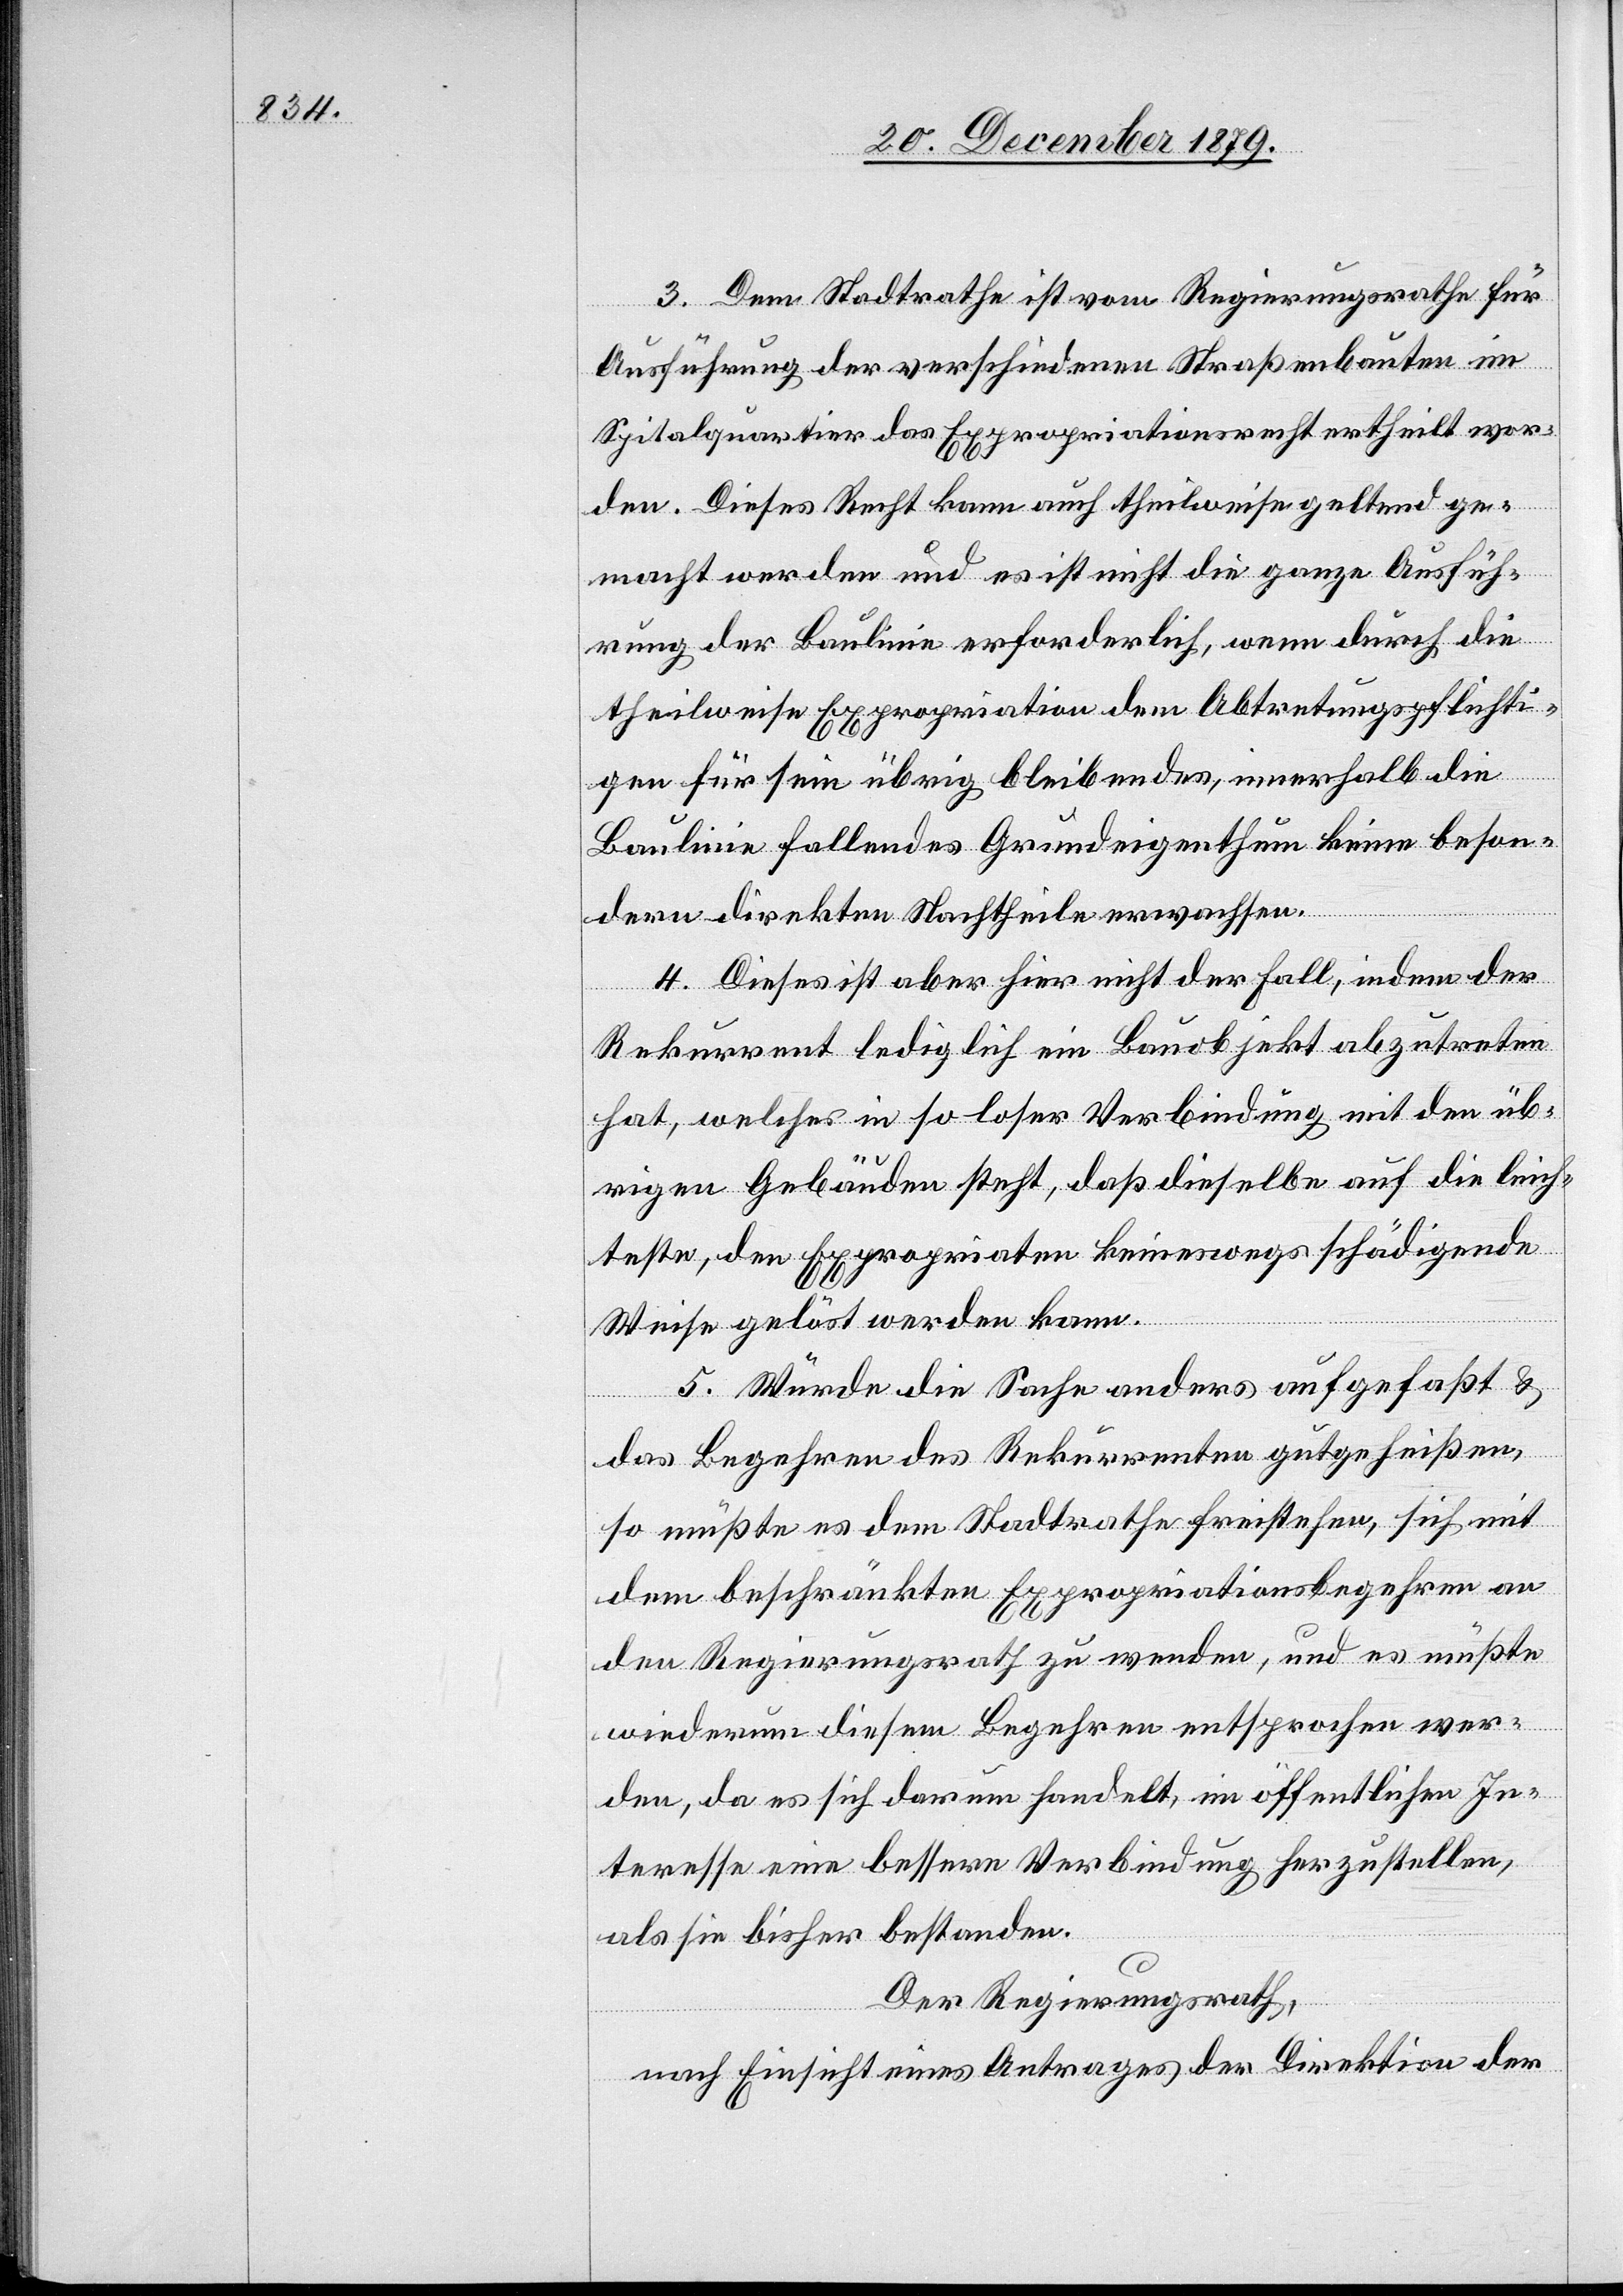
3. Dem Stadtrathe ist vom Regierungsrathe für
Ausführung der verschiedenen Straßenbauten im
Spitalquartier das Expropriationsrecht ertheilt wor¬
den. Dieses Recht kann auch theilweise geltend ge¬
macht werden und es ist nicht die ganze Ausfüh¬
rung der Baulinie erforderlich, wenn durch die
theilweise Expropriation dem Abtretungspflichti¬
gen für sein übrig bleibendes, innerhalb die
Baulinie fallendes Grundeigenthum keine beson¬
dern direkten Nachtheile erwachsen.
4. Dieses ist aber hier nicht der Fall indem der
Rekurrent lediglich ein Bauobjekt abzutreten
hat, welches in so loser Verbindung mit den üb¬
rigen Gebäuden steht, daß dieselbe auf die leich¬
teste, den Expropriaten keineswegs schädigende
Weise gelöst werden kann.
5. Würde die Sache anders aufgefaßt &
das Begehren des Rekurrenten gutgeheißen,
so müßte es dem Stadtrathe freistehen, sich mit
dem beschränkten Expropriationsbegehren an
den Regierungsrath zu wenden, und es müßte
wiederum diesem Begehren entsprochen wer¬
den, da es sich darum handelt, im öffentlichen In¬
teresse eine bessere Verbindung herzustellen,
als sie bisher bestanden.
Der Regierungsrath,
nach Einsicht eines Antrages der Direktion der